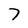
Character: 7